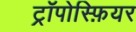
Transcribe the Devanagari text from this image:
ट्रॉपोस्फ़ियर